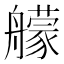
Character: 艨